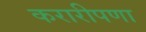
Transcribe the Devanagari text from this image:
करारीपणा